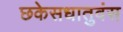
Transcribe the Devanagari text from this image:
छकेसधातुवंस